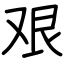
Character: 艰